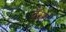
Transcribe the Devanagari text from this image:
वैरेसे